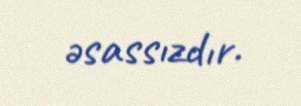
əsassızdır.